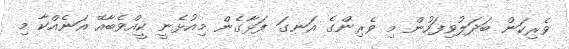
ވެރިކަން ބަދަލުވިފަހުން މި ވެރިންގެ އަނގަ ފަޅާގެން މިއުޅެނީ ކީއްވެބާއޭ އަނެއްކާ މި